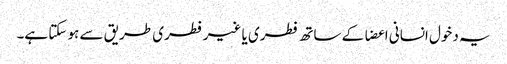
یہ دخول انسانی اعضا کے ساتھ فطری یا غیر فطری طریق سے ہو سکتا ہے۔